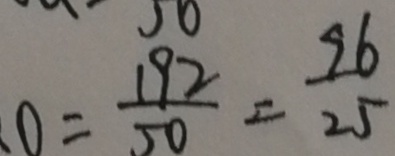
0 = \frac { 1 9 2 } { 5 0 } = \frac { 9 6 } { 2 5 }